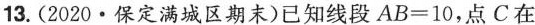
13. (2020 · 保定满城区期末)已知线段$$A B = 1 0$$，点C在